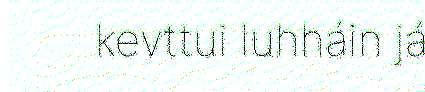
kevttui luhháin já